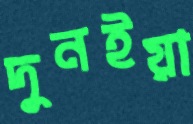
দুনইয়া